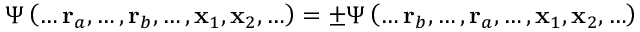
\Psi \left( \ldots \mathbf { r } _ { a } , \ldots , \mathbf { r } _ { b } , \ldots , \mathbf { x } _ { 1 } , \mathbf { x } _ { 2 } , \ldots \right) = \pm \Psi \left( \ldots \mathbf { r } _ { b } , \ldots , \mathbf { r } _ { a } , \ldots , \mathbf { x } _ { 1 } , \mathbf { x } _ { 2 } , \ldots \right)